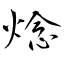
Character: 焾